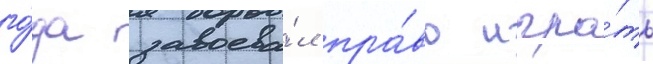
го́да завоева́л пра́во игра́ть